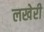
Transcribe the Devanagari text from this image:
लखेरी